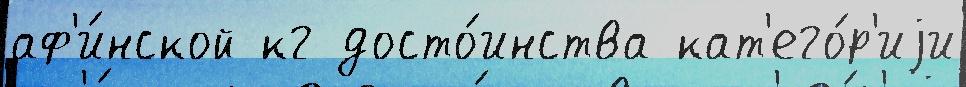
аф'и́нской кг досто́инства кат'его́р'иjи